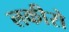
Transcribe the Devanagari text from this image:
लकीरो